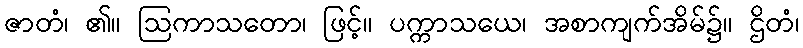
ဇာတံ၊ ၏။ ဩကာသတော၊ ဖြင့်။ ပက္ကာသယေ၊ အစာကျက်အိမ်၌။ ဌိတံ၊